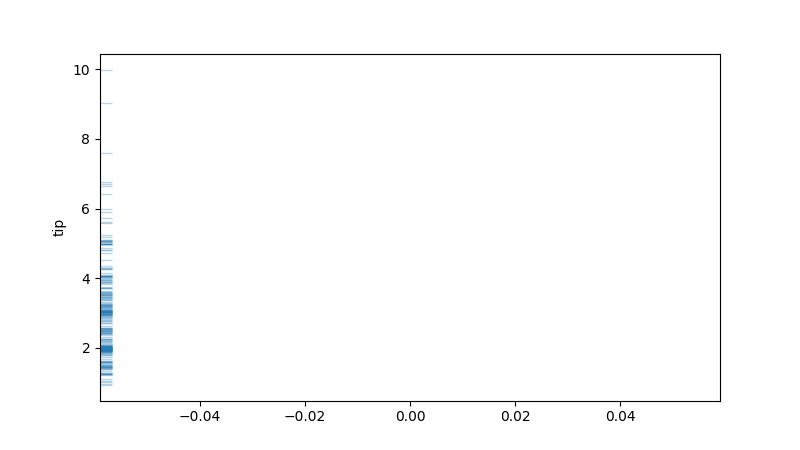
python, seaborn, rugplot, height=0.02, axis='y', alpha=0.3